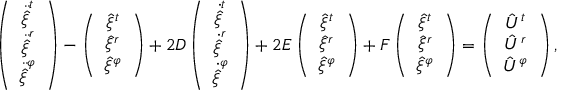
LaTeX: \left( \begin{array} { c } { { \ddot { \hat { \xi } } ^ { t } } } \\ { { \ddot { \hat { \xi } } ^ { r } } } \\ { { \ddot { \hat { \xi } } ^ { \varphi } } } \end{array} \right) - \left( \begin{array} { c } { { \hat { \xi } ^ { t } } } \\ { { \hat { \xi } ^ { r } } } \\ { { \hat { \xi } ^ { \varphi } } } \end{array} \right) + 2 { \cal D } \left( \begin{array} { c } { { \dot { \hat { \xi } } ^ { t } } } \\ { { \dot { \hat { \xi } } ^ { r } } } \\ { { \dot { \hat { \xi } } ^ { \varphi } } } \end{array} \right) + 2 { \cal E } \left( \begin{array} { c } { { \hat { \xi } ^ { t } } } \\ { { \hat { \xi } ^ { r } } } \\ { { \hat { \xi } ^ { \varphi } } } \end{array} \right) + { \cal F } \left( \begin{array} { c } { { { \hat { \xi } } ^ { t } } } \\ { { { \hat { \xi } } ^ { r } } } \\ { { { \hat { \xi } } ^ { \varphi } } } \end{array} \right) = \left( \begin{array} { c } { { { \hat { U } } ^ { t } } } \\ { { { \hat { U } } ^ { r } } } \\ { { { \hat { U } } ^ { \varphi } } } \end{array} \right) ,